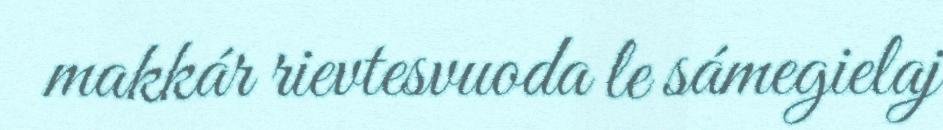
makkár rievtesvuoda le sámegielaj